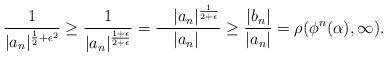
LaTeX: \begin{align*}{} \frac{1}{|a_n|^{\frac{1}{2}+\epsilon^2}}\geq \frac{1}{|a_n|^{\frac{1+\epsilon}{2+\epsilon}}}=\frac{\;\;\;\,|a_n|^{\frac{1}{2+\epsilon}}}{|a_n|\;}\geq\frac{|b_n|}{|a_n|}=\rho(\phi^n(\alpha),\infty).\\\end{align*}